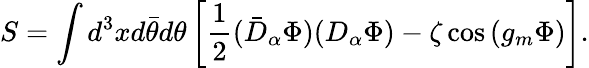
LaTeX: S=\int d^{3}xd\bar{\theta}d\theta\left[\frac 12(\bar{D}_{\alpha}\Phi)(D_{\alpha}\Phi)-\zeta\cos\left(g_{m}\Phi\right)\right].